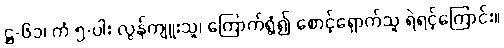
ဋ္ဌ-၆၁၊ ကံ ၅-ပါး လွန်ကျူးသူ၊ ကြောက်ရွံ့၍ စောင့်ရှောက်သူ ရဲရင့်ကြောင်း။